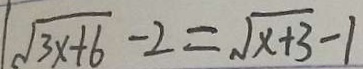
\sqrt { 3 x + 6 } - 2 = \sqrt { x + 3 } - 1